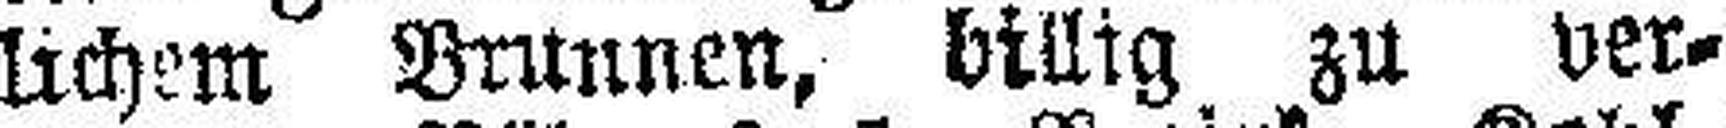
lichem Brunnen, billig zu ver¬